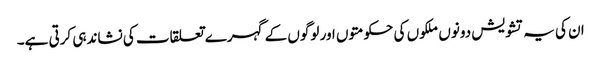
ان کی یہ تشویش دونوں ملکوں کی حکومتوں اور لوگوں کے گہرے تعلقات کی نشاندہی کرتی ہے۔